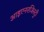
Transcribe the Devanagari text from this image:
आइएनरजिस्ट्री